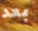
بعد